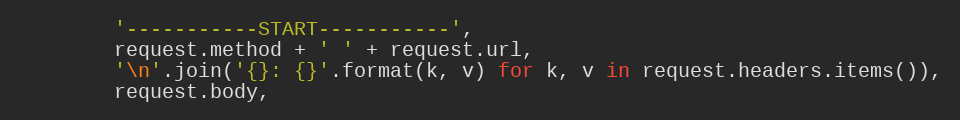
Language: Python
        '-----------START-----------',
        request.method + ' ' + request.url,
        '\n'.join('{}: {}'.format(k, v) for k, v in request.headers.items()),
        request.body,